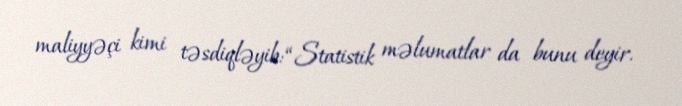
maliyyəçi kimi təsdiqləyib: “Statistik məlumatlar da bunu deyir.